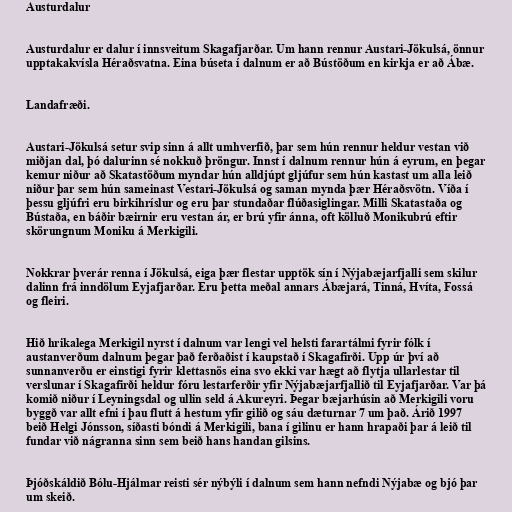
Austurdalur

Austurdalur er dalur í innsveitum Skagafjarðar. Um hann rennur Austari-Jökulsá, önnur
upptakakvísla Héraðsvatna. Eina búseta í dalnum er að Bústöðum en kirkja er að Ábæ.

Landafræði.

Austari-Jökulsá setur svip sinn á allt umhverfið, þar sem hún rennur heldur vestan við
miðjan dal, þó dalurinn sé nokkuð þröngur. Innst í dalnum rennur hún á eyrum, en þegar
kemur niður að Skatastöðum myndar hún alldjúpt gljúfur sem hún kastast um alla leið
niður þar sem hún sameinast Vestari-Jökulsá og saman mynda þær Héraðsvötn. Víða í
þessu gljúfri eru birkihríslur og eru þar stundaðar flúðasiglingar. Milli Skatastaða og
Bústaða, en báðir bæirnir eru vestan ár, er brú yfir ánna, oft kölluð Monikubrú eftir
skörungnum Moniku á Merkigili.

Nokkrar þverár renna í Jökulsá, eiga þær flestar upptök sín í Nýjabæjarfjalli sem skilur
dalinn frá inndölum Eyjafjarðar. Eru þetta meðal annars Ábæjará, Tinná, Hvíta, Fossá
og fleiri.

Hið hrikalega Merkigil nyrst í dalnum var lengi vel helsti farartálmi fyrir fólk í
austanverðum dalnum þegar það ferðaðist í kaupstað í Skagafirði. Upp úr því að
sunnanverðu er einstigi fyrir klettasnös eina svo ekki var hægt að flytja ullarlestar til
verslunar í Skagafirði heldur fóru lestarferðir yfir Nýjabæjarfjallið til Eyjafjarðar. Var þá
komið niður í Leyningsdal og ullin seld á Akureyri. Þegar bæjarhúsin að Merkigili voru
byggð var allt efni í þau flutt á hestum yfir gilið og sáu dæturnar 7 um það. Árið 1997
beið Helgi Jónsson, síðasti bóndi á Merkigili, bana í gilinu er hann hrapaði þar á leið til
fundar við nágranna sinn sem beið hans handan gilsins.

Þjóðskáldið Bólu-Hjálmar reisti sér nýbýli í dalnum sem hann nefndi Nýjabæ og bjó þar
um skeið.